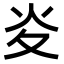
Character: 𭴅